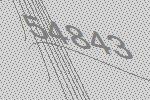
54843